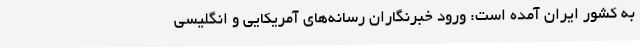
به کشور ایران آمده است: ورود خبرنگاران رسانه‌های آمریکایی و انگلیسی